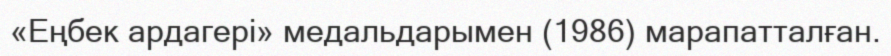
«Еңбек ардагері» медальдарымен (1986) марапатталған.